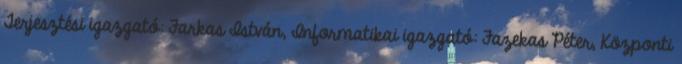
Terjesztési igazgató: Farkas István, Informatikai igazgató: Fazekas Péter, Központi